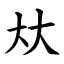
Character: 夶